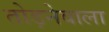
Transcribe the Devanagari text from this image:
तोड़नेवाला